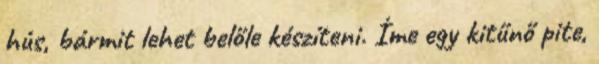
hús, bármit lehet belőle készíteni. Íme egy kitűnő pite,